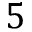
5